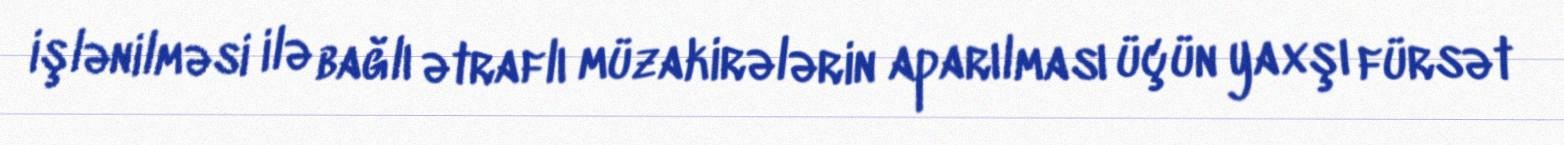
işlənilməsi ilə bağlı ətraflı müzakirələrin aparılması üçün yaxşı fürsət